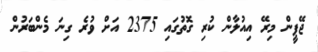
ޖޭޕީން މިރޭ އިއުލާން ކުރި ގޮތުގައި 2375 އަށް ވުރެ ގިނަ މެންބަރުން